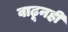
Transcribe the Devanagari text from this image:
वाढूनही